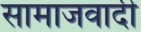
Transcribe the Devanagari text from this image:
सामाजवादी